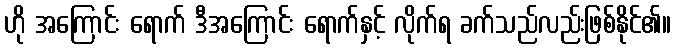
ဟို အကြောင်း ရောက် ဒီအကြောင်း ရောက်နှင့် လိုက်ရ ခက်သည်လည်းဖြစ်နိုင်၏။